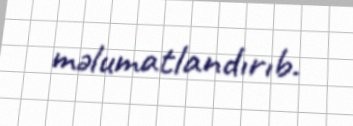
məlumatlandırıb.